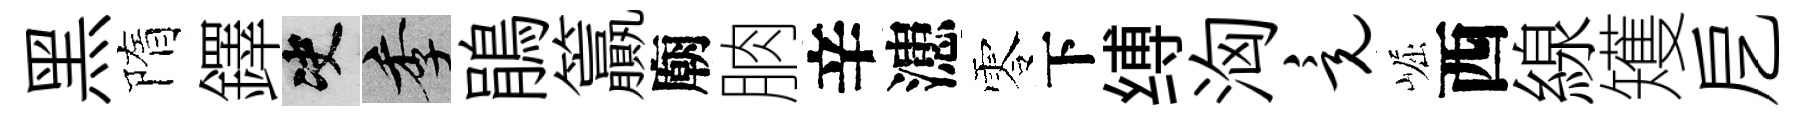
黑隋鐸决季鵑籯廟朒辛漶零下缚洶竟崛西線矱戹